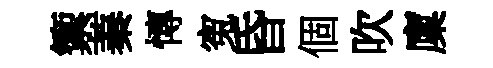
籞蓁慱寃昏個吹廩